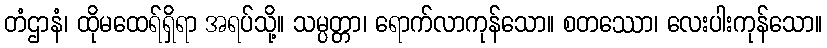
တံဌာနံ၊ ထိုမထေရ်ရှိရာ အရပ်သို့။ သမ္ပတ္တာ၊ ရောက်လာကုန်သော။ စတဿော၊ လေးပါးကုန်သော။